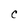
Character: c